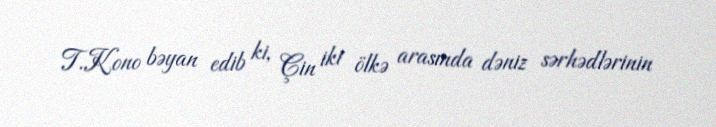
T.Kono bəyan edib ki, Çin iki ölkə arasında dəniz sərhədlərinin